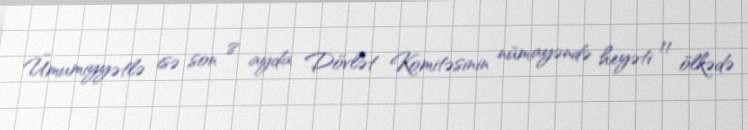
Ümumiyyətlə isə son 8 ayda Dövlət Komitəsinin nümayəndə heyəti 11 ölkədə